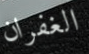
الغفران